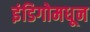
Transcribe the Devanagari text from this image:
इंडिगोमधून